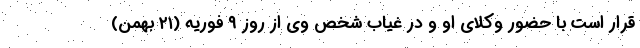
قرار است با حضور وکلای او و در غیاب شخص وی از روز ۹ فوریه (۲۱ بهمن)